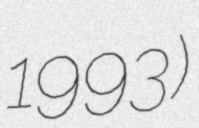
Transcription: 1993)